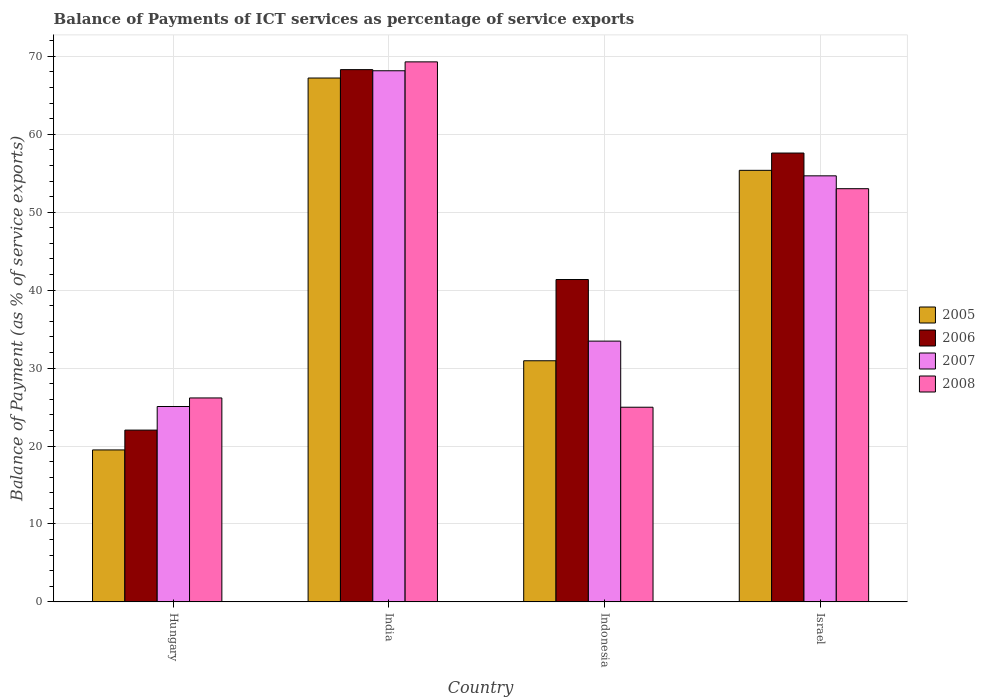
| Country | 2005 | 2006 | 2007 | 2008 |
 | --- | --- | --- | --- | --- |
 | Hungary | 19.5 | 22 | 25.1 | 26.2 |
 | India | 67.2 | 68.3 | 68.1 | 69.3 |
 | Indonesia | 30.9 | 41.4 | 33.5 | 25 |
 | Israel | 55.4 | 57.6 | 54.7 | 53 |